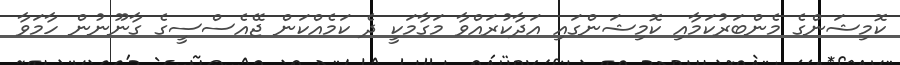
ކޮމިޝަންގެ މެންބަރުކަމާއި ކޮމިޝަންގައި އަދާކުރައްވާ މަގާމަކީ ދެ ކަމެއްކަން ޖޭއެސްސީގެ ގާނޫނުން ހާމަވާ